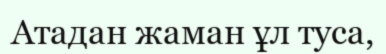
Атадан жаман ұл туса,